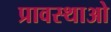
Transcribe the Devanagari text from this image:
प्रावस्थाओ